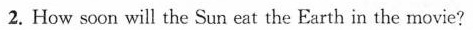
2. How soon will the Sun eat the Earth in the movie? 3. How many people are dead in the movie? __ 4. What is the plan to save the Earth? 5.How does The Wandering Earth achieve success according to the passage?